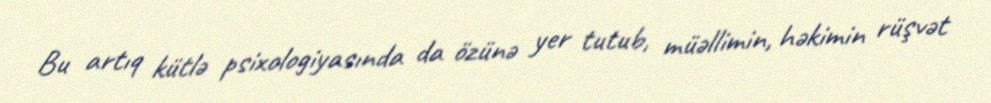
Bu artıq kütlə psixologiyasında da özünə yer tutub, müəllimin, həkimin rüşvət